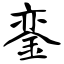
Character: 銮